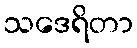
သဒေရိတာ